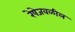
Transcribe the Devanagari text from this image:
रेषेजवळील